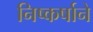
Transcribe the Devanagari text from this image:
निष्कर्षाने